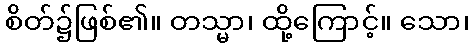
စိတ်၌ဖြစ်၏။ တသ္မာ၊ ထို့ကြောင့်။ သော၊